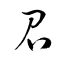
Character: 召